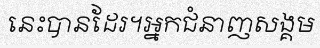
នេះបានដែរ។អ្នកជំនាញសង្គម